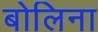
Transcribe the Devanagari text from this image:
बोलिना